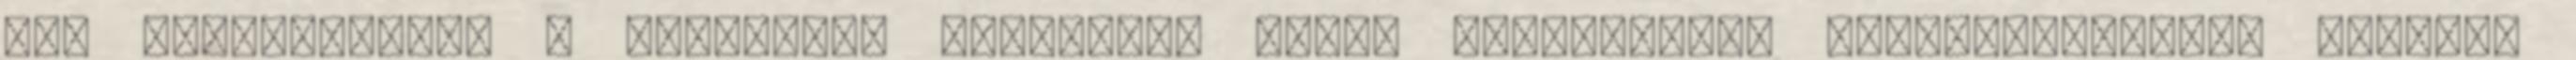
ide kapcsolódik. A macskákat egyébként ilyen szempontból veszélyesebbnek tartom,